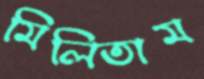
মিলিতাম